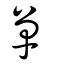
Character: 單